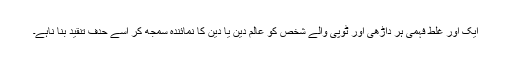
ایک اور غلط فہمی ہر داڑھی اور ٹوپی والے شخص کو عالم دین یا دین کا نمائندہ سمجھ کر اسے حدف تنقید بنا ناہے۔